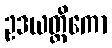
ဥဒယတ္ထိကော